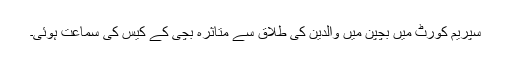
سپریم کورٹ میں بچپن میں والدین کی طلاق سے متاثرہ بچی کے کیس کی سماعت ہوئی۔